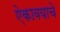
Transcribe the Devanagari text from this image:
ऐकावयाचे